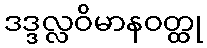
ဒဒ္ဒလ္လဝိမာနဝတ္ထု